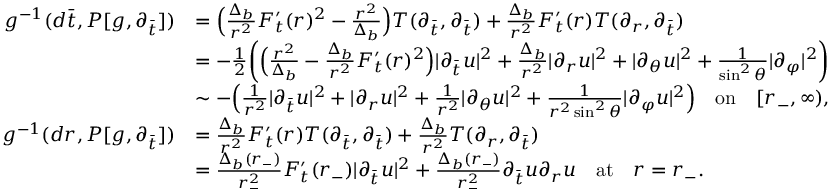
\begin{array} { r l } { g ^ { - 1 } ( d \bar { t } , P [ g , \partial _ { \bar { t } } ] ) } & { = \Big ( \frac { \Delta _ { b } } { r ^ { 2 } } F _ { t } ^ { \prime } ( r ) ^ { 2 } - \frac { r ^ { 2 } } { \Delta _ { b } } \Big ) T ( \partial _ { \bar { t } } , \partial _ { \bar { t } } ) + \frac { \Delta _ { b } } { r ^ { 2 } } F _ { t } ^ { \prime } ( r ) T ( \partial _ { r } , \partial _ { \bar { t } } ) } \\ & { = - \frac 1 2 \bigg ( \Big ( \frac { r ^ { 2 } } { \Delta _ { b } } - \frac { \Delta _ { b } } { r ^ { 2 } } F _ { t } ^ { \prime } ( r ) ^ { 2 } \Big ) \lvert \partial _ { \bar { t } } u \rvert ^ { 2 } + \frac { \Delta _ { b } } { r ^ { 2 } } \lvert \partial _ { r } u \rvert ^ { 2 } + \vert \partial _ { \theta } u \vert ^ { 2 } + \frac { 1 } { \sin ^ { 2 } \theta } \vert \partial _ { \varphi } \vert ^ { 2 } \bigg ) } \\ & { \sim - \Big ( \frac { 1 } { r ^ { 2 } } \lvert \partial _ { \bar { t } } u \rvert ^ { 2 } + \lvert \partial _ { r } u \rvert ^ { 2 } + \frac { 1 } { r ^ { 2 } } \vert \partial _ { \theta } u \vert ^ { 2 } + \frac { 1 } { r ^ { 2 } \sin ^ { 2 } \theta } \vert \partial _ { \varphi } u \vert ^ { 2 } \Big ) \quad \mathrm { o n } \quad [ r _ { - } , \infty ) , } \\ { g ^ { - 1 } ( d r , P [ g , \partial _ { \bar { t } } ] ) } & { = \frac { \Delta _ { b } } { r ^ { 2 } } F _ { t } ^ { \prime } ( r ) T ( \partial _ { \bar { t } } , \partial _ { \bar { t } } ) + \frac { \Delta _ { b } } { r ^ { 2 } } T ( \partial _ { r } , \partial _ { \bar { t } } ) } \\ & { = \frac { \Delta _ { b } ( r _ { - } ) } { r _ { - } ^ { 2 } } F _ { t } ^ { \prime } ( r _ { - } ) \lvert \partial _ { \bar { t } } u \rvert ^ { 2 } + \frac { \Delta _ { b } ( r _ { - } ) } { r _ { - } ^ { 2 } } \partial _ { \bar { t } } u \partial _ { r } u \quad \mathrm { a t } \quad r = r _ { - } . } \end{array}